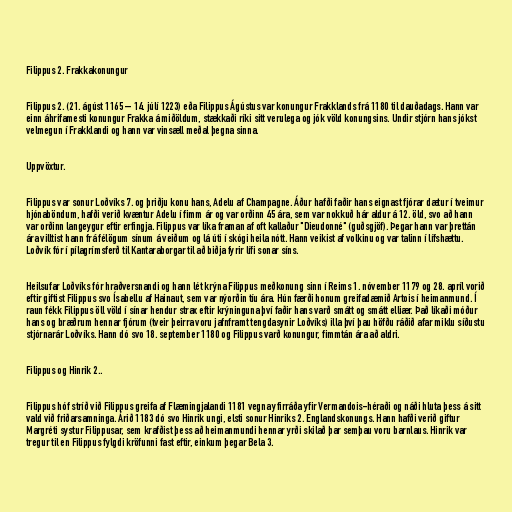
Filippus 2. Frakkakonungur

Filippus 2. (21. ágúst 1165 – 14. júlí 1223) eða Filippus Ágústus var konungur Frakklands frá 1180 til dauðadags. Hann var
einn áhrifamesti konungur Frakka á miðöldum, stækkaði ríki sitt verulega og jók völd konungsins. Undir stjórn hans jókst
velmegun í Frakklandi og hann var vinsæll meðal þegna sinna.

Uppvöxtur.

Filippus var sonur Loðvíks 7. og þriðju konu hans, Adelu af Champagne. Áður hafði faðir hans eignast fjórar dætur í tveimur
hjónaböndum, hafði verið kvæntur Adelu í fimm ár og var orðinn 45 ára, sem var nokkuð hár aldur á 12. öld, svo að hann
var orðinn langeygur eftir erfingja. Filippus var líka framan af oft kallaður "Dieudonné" (guðsgjöf). Þegar hann var þrettán
ára villtist hann frá félögum sínum á veiðum og lá úti í skógi heila nótt. Hann veikist af volkinu og var talinn í lífshættu.
Loðvík fór í pílagrímsferð til Kantaraborgar til að biðja fyrir lífi sonar síns.

Heilsufar Loðvíks fór hraðversnandi og hann lét krýna Filippus meðkonung sinn í Reims 1. nóvember 1179 og 28. apríl vorið
eftir giftist Filippus svo Ísabellu af Hainaut, sem var nýorðin tíu ára. Hún færði honum greifadæmið Artois í heimanmund. Í
raun fékk Filippus öll völd í sínar hendur strax eftir krýninguna því faðir hans varð smátt og smátt elliær. Það líkaði móður
hans og bræðrum hennar fjórum (tveir þeirra voru jafnframt tengdasynir Loðvíks) illa því þau höfðu ráðið afar miklu síðustu
stjórnarár Loðvíks. Hann dó svo 18. september 1180 og Filippus varð konungur, fimmtán ára að aldri.

Filippus og Hinrik 2..

Filippus hóf stríð við Filippus greifa af Flæmingjalandi 1181 vegna yfirráða yfir Vermandois-héraði og náði hluta þess á sitt
vald við friðarsamninga. Árið 1183 dó svo Hinrik ungi, elsti sonur Hinriks 2. Englandskonungs. Hann hafði verið giftur
Margréti systur Filippusar, sem krafðist þess að heimanmundi hennar yrði skilað þar semþau voru barnlaus. Hinrik var
tregur til en Filippus fylgdi kröfunni fast eftir, einkum þegar Bela 3.